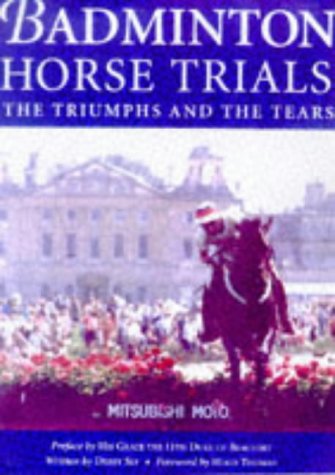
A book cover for Badminton Horse Trials: The Triumphs and the Tears; Debby Sly; Sports & Outdoors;